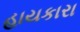
હાયકારા